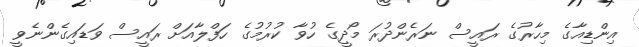
އިންޑިއާގެ މިހާރުގެ ރައީސް ނަރެންދުރަ މޯދީގެ ހުވާ ކުރުމުގެ ހަފްލާއަށް ރައީސް ވަޑައިގެންނެވީ